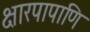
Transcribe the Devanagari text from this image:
क्षारपापाणि